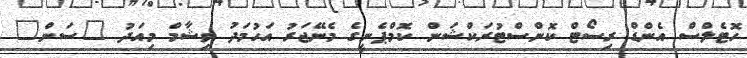
ހޮޓެލްސް އެންޑް ރިސޯޓް ކޮންސްޓުރަކްޝަން ކޮމްޕެނީގެ މެނޭޖަރު އަހުމަދު ވިޝާމް މިއަދު "ސަން"